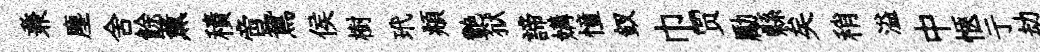
兼塵舍餘薰積啻鴛侯樹玳頫艷狱諦媾憧釵巾贾勵縣矣稍溢中愜亍劫